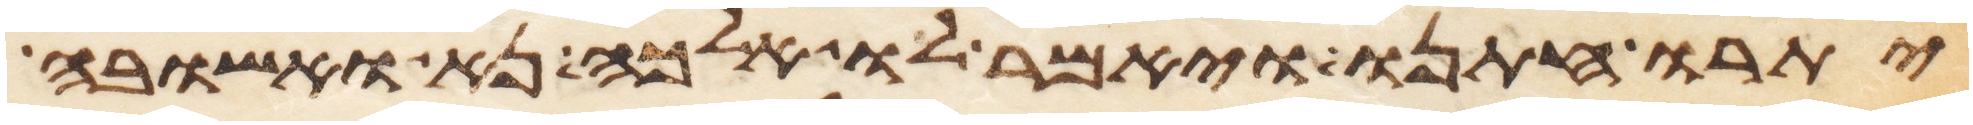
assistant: יתרו חתנו ויאמר לו אלכה נא ואשובה